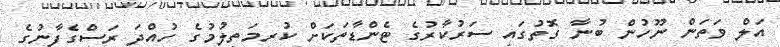
އަލް ވަތަން ނޫހުން ބުނާ ގޮތުގައި ސަރުކާރުގެ ޓެންޑާތަކަށް ކުރިމަތިލުމުގެ ހުއްދަ ރަސްގެފާނުގެ